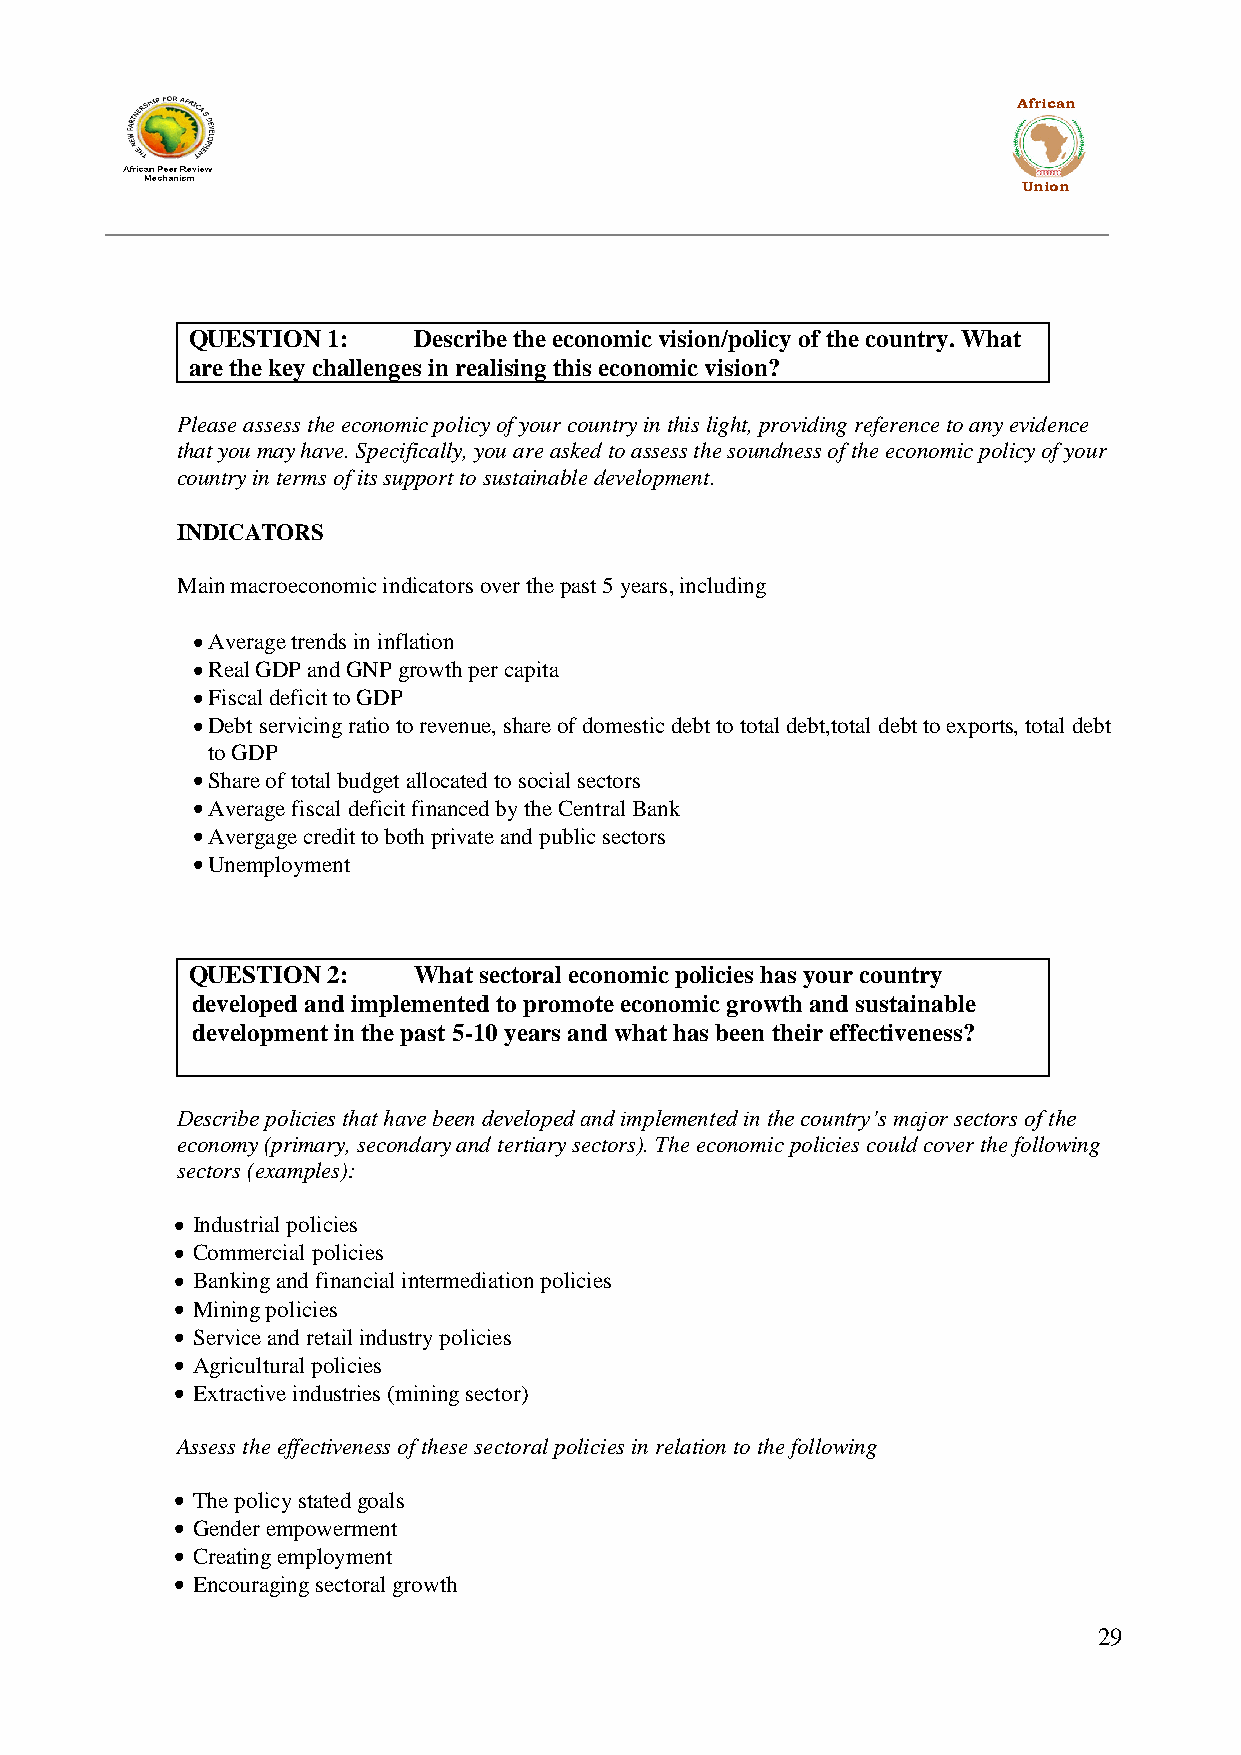
African
 Union
 QUESTION  1:   Describe the economic vision/policy of the country. What
 are the key challenges in realising this economic vision?
 Please assess the economic policy of your country in this light, providing reference to any evidence
 that you may have. Specifically, you are asked to assess the soundness of the economic policy of your
 country in terms of its support to sustainable development.
 INDICATORS
 Main macroeconomic indicators over the past 5 years, including
 Average trends in inflation
 Real GDP and GNP growth per capita
 Fiscal deficit to GDP
 Debt servicing ratio to revenue, share of domestic debt to total debt,total debt to exports, total debt
 to GDP
 Share of total budget allocated to social sectors
 Average fiscal deficit financed by the Central Bank
 Avergage credit to both private and public sectors
 Unemployment
 QUESTION  2:   What sectoral economic policies has your country
 developed and implemented to promote economic growth and sustainable
 development in the past 5-10 years and what has been their effectiveness?
 Describe policies that have been developed and implemented in the country’s major sectors of the
 economy (primary, secondary and tertiary sectors). The economic policies could cover the following
 sectors (examples):
 Industrial policies
 Commercial policies
 Banking and financial intermediation policies
 Mining policies
 Service and retail industry policies
 Agricultural policies
 Extractive industries (mining sector)
 Assess the effectiveness of these sectoral policies in relation to the following
 The policy stated goals
 Gender empowerment
 Creating employment
 Encouraging sectoral growth
 29